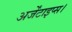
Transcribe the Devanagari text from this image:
अर्जेंटाइप्स।